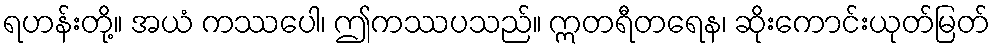
ရဟန်းတို့။ အယံ ကဿပေါ၊ ဤကဿပသည်။ ဣတရီတရေန၊ ဆိုးကောင်းယုတ်မြတ်